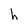
Character: h